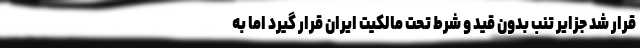
قرار شد جزایر تنب بدون قید و شرط تحت مالکیت ایران قرار گیرد اما به